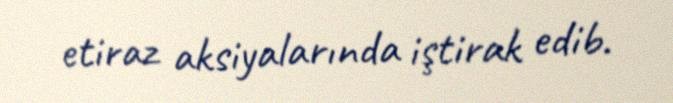
etiraz aksiyalarında iştirak edib.